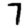
Digit: 7